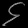
Digit: ၄